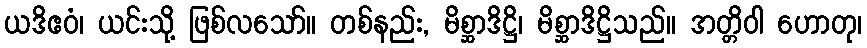
ယဒိဧဝံ၊ ယင်းသို့ ဖြစ်လသော်။ တစ်နည်း, မိစ္ဆာဒိဋ္ဌိ၊ မိစ္ဆာဒိဋ္ဌိသည်။ အတ္တိဝါ ဟောတု၊